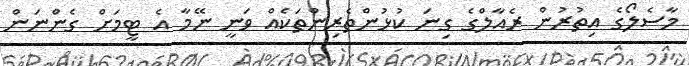
މާސެލޯގެ އިތުރުން ރެއާލްގެ ގިނަ ކުޅުންތެރިންތަކެއް ވަނީ ނޭމާ އެ ޓީމަށް ގެންނަން